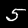
Digit: 5